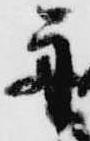
舟